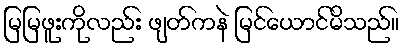
မြမြဖူးကိုလည်း ဖျတ်ကနဲ မြင်ယောင်မိသည်။